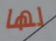
لها